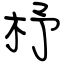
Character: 杼